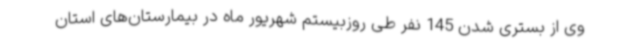
وی از بستری شدن 145 نفر طی روزبیستم شهریور ماه در بیمارستان‌های استان